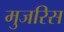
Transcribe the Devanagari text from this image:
मुजरिस